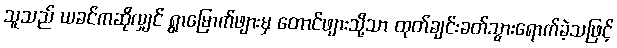
သူသည် ယခင်ကဆိုလျှင် ရွာမြောက်ဖျားမှ တောင်ဖျားသို့သာ ထုတ်ချင်းခတ်သွားရောက်ခဲ့သဖြင့်